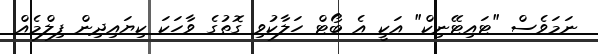
ނަމަވެސް "ޓައިޓޭނިކް" އަކީ އެ ބޯޓް ހަލާކުވި ގޮތުގެ ވާހަކަ ކިޔައިދިން ފިލްމެއް